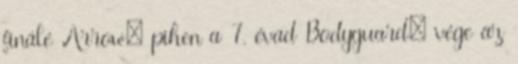
finálé Arrow: pihen a 7. évad Bodyguard: vége az